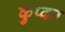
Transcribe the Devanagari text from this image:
कुप्का